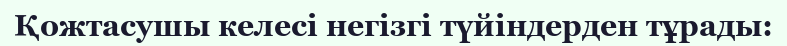
Қожтасушы келесi негiзгi түйiндерден тұрады: